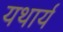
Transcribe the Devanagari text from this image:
यथार्य